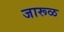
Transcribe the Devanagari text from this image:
जारूळ